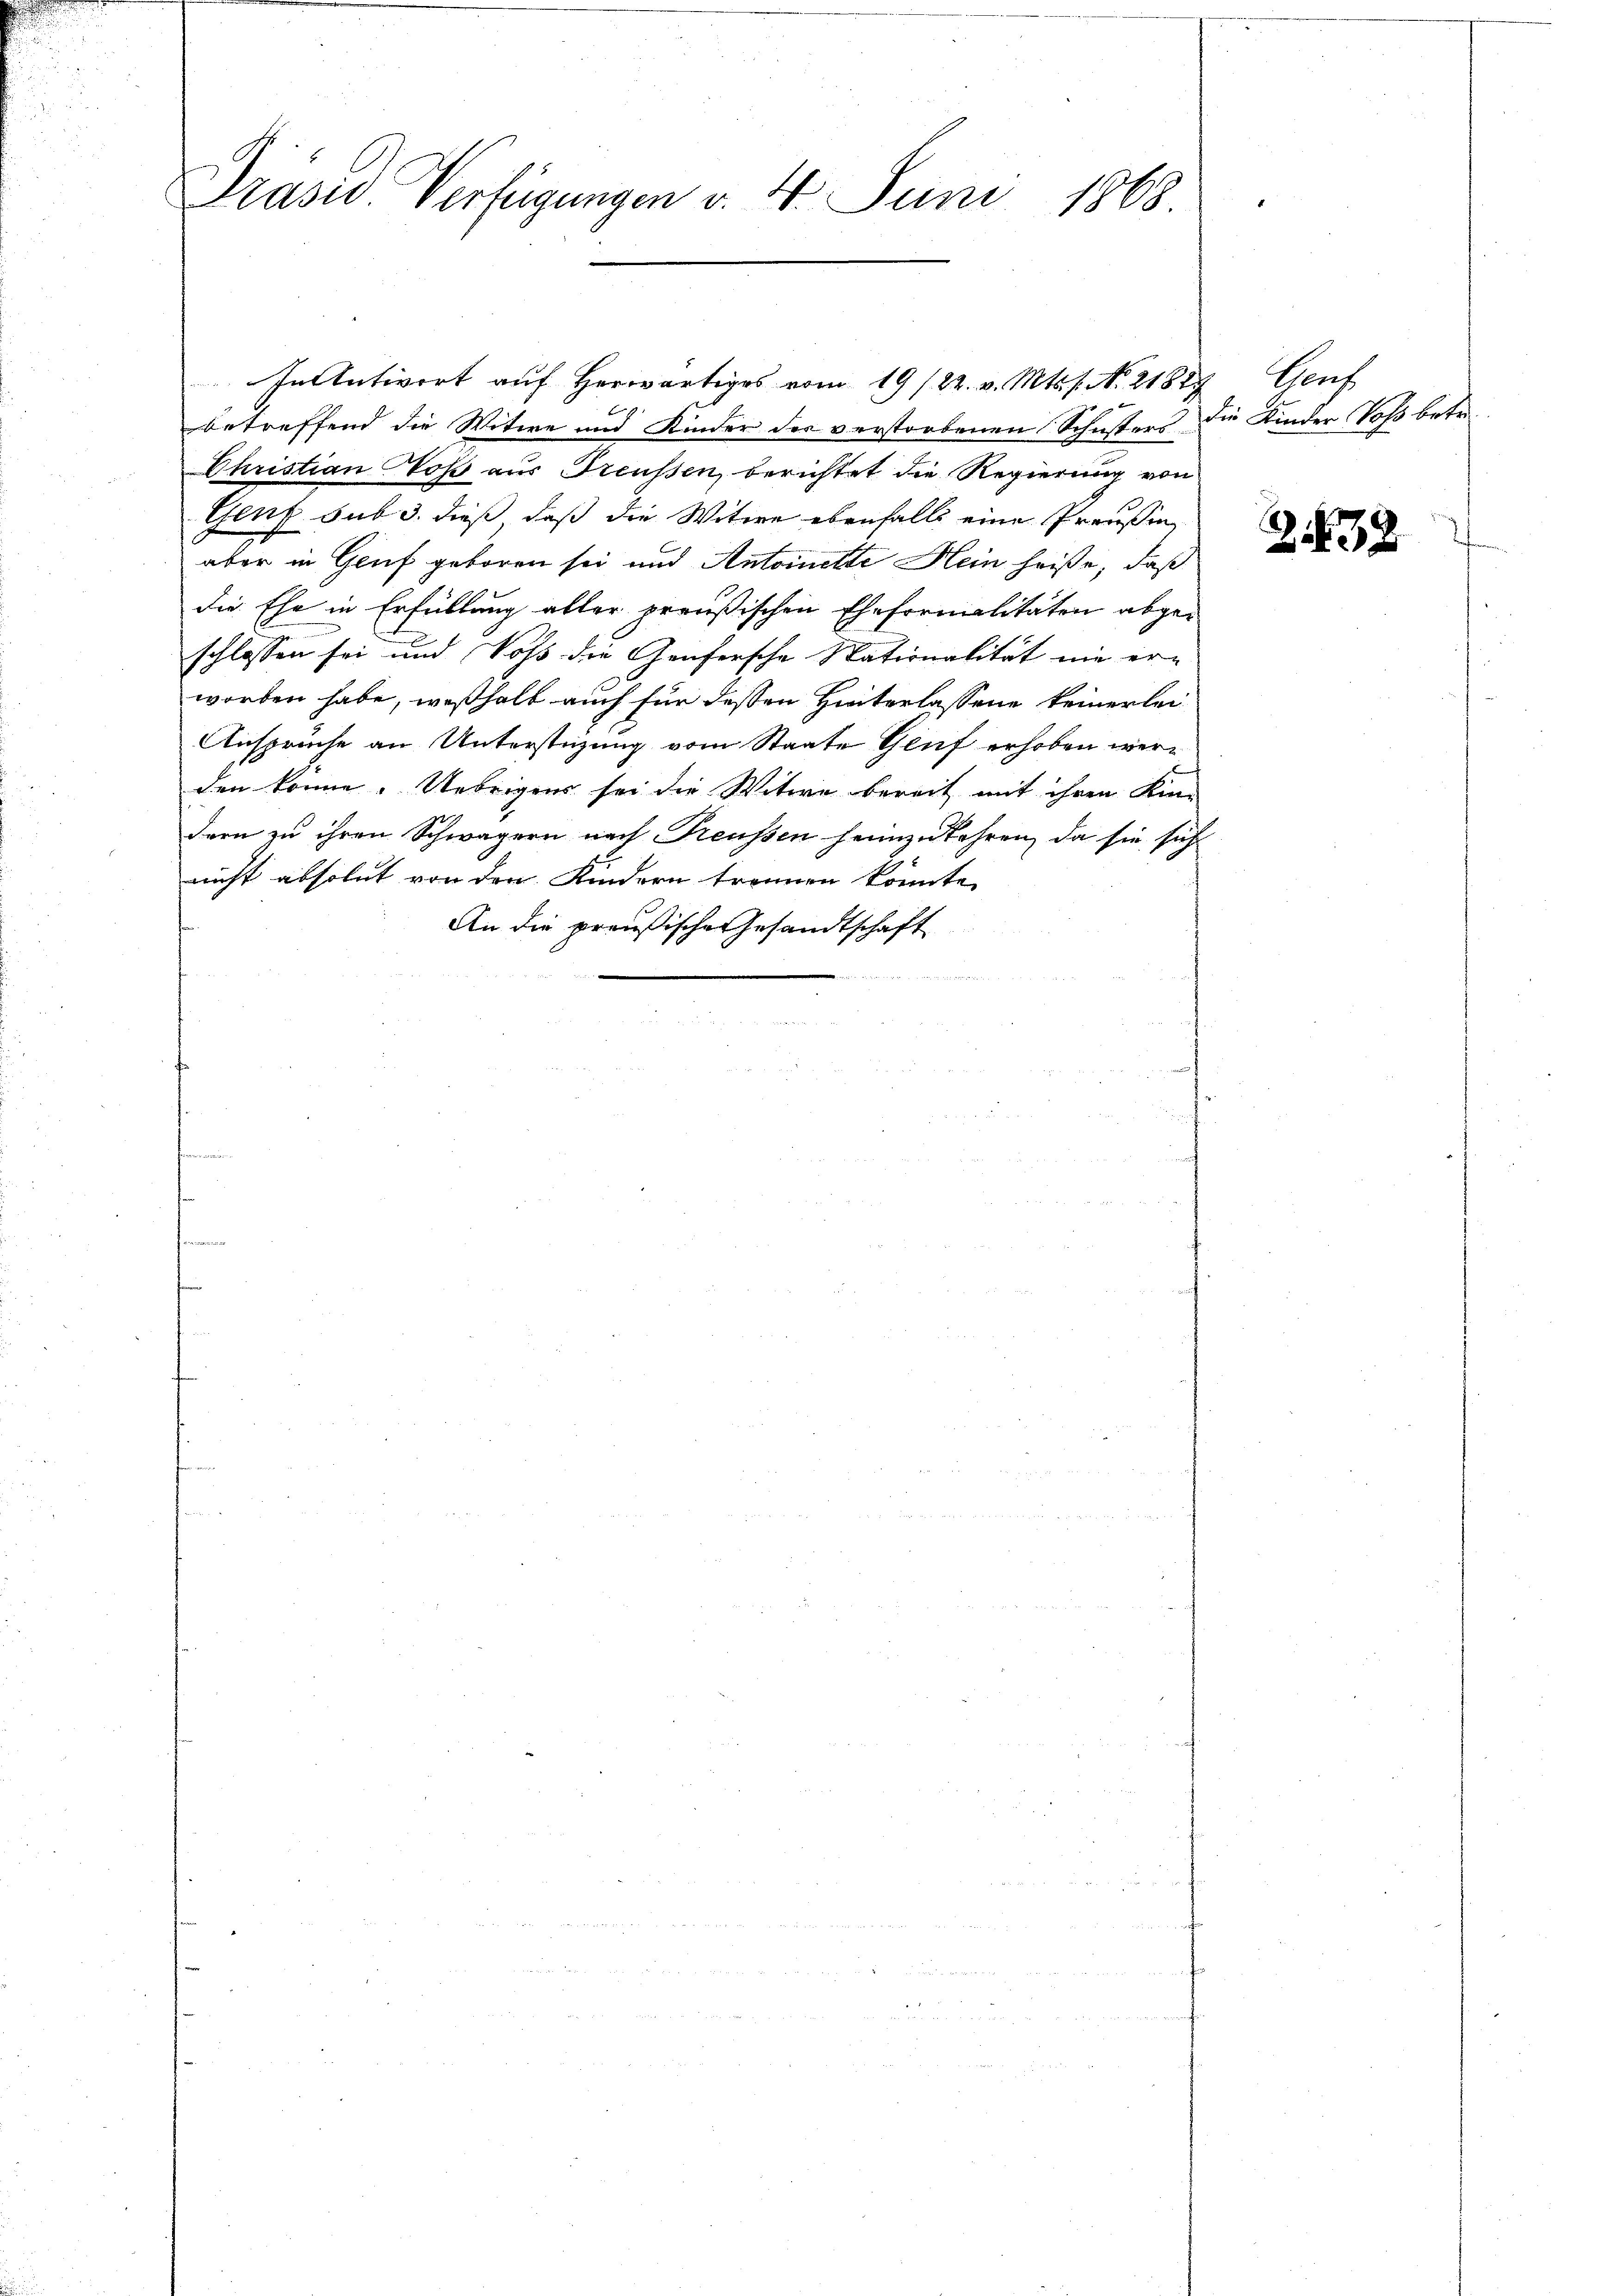
Präsid. Verfügungen v. 4. Juni 1868

betreffend die Witwe und Kinder der verstorbenen Schusters die Kinder Soß betr.
Christian Noß aus Treussen, berichtet die Regierung von
Genf sub 3. dieß daß die Witwe ebenfalls eine Preußen
aber in Genf geboren sei und Antoinette Hein heiße, daß
die Ehe in Erfüllung aller preußischen Eheformalitäten abgeschlossen sei und Voss die Genfersche Nationalität nie er-
worben habe, weßhalb auch für dessen Hinterlassene keinerlei¬
Ansprüche an Unterstüzung vom Staate Genf erhoben werden könne. Uebrigens sei die Witwe bereit mit ihren Kin-
dern zu ihren Schwägern nach Freussen heimzukehren, da sie sich
nicht absolut von den Kindern trennen könnte,
An die preußische Gesandtschaft

In Antwort auf herwärtiges vom 19/22. v. Mts. f. No. 21827, Genf

338